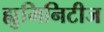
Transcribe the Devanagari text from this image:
ह्युमिनिटीज